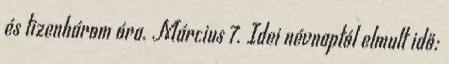
és tizenhárom óra. Március 7. Idei névnaptól elmult idő: